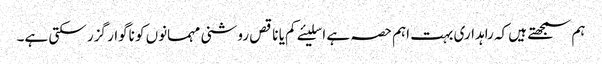
ہم سمجھتے ہیں کہ راہداری بہت اہم حصہ ہے اسلیئے کم یا ناقص روشنی مہمانوں کو ناگوار گزر سکتی ہے۔